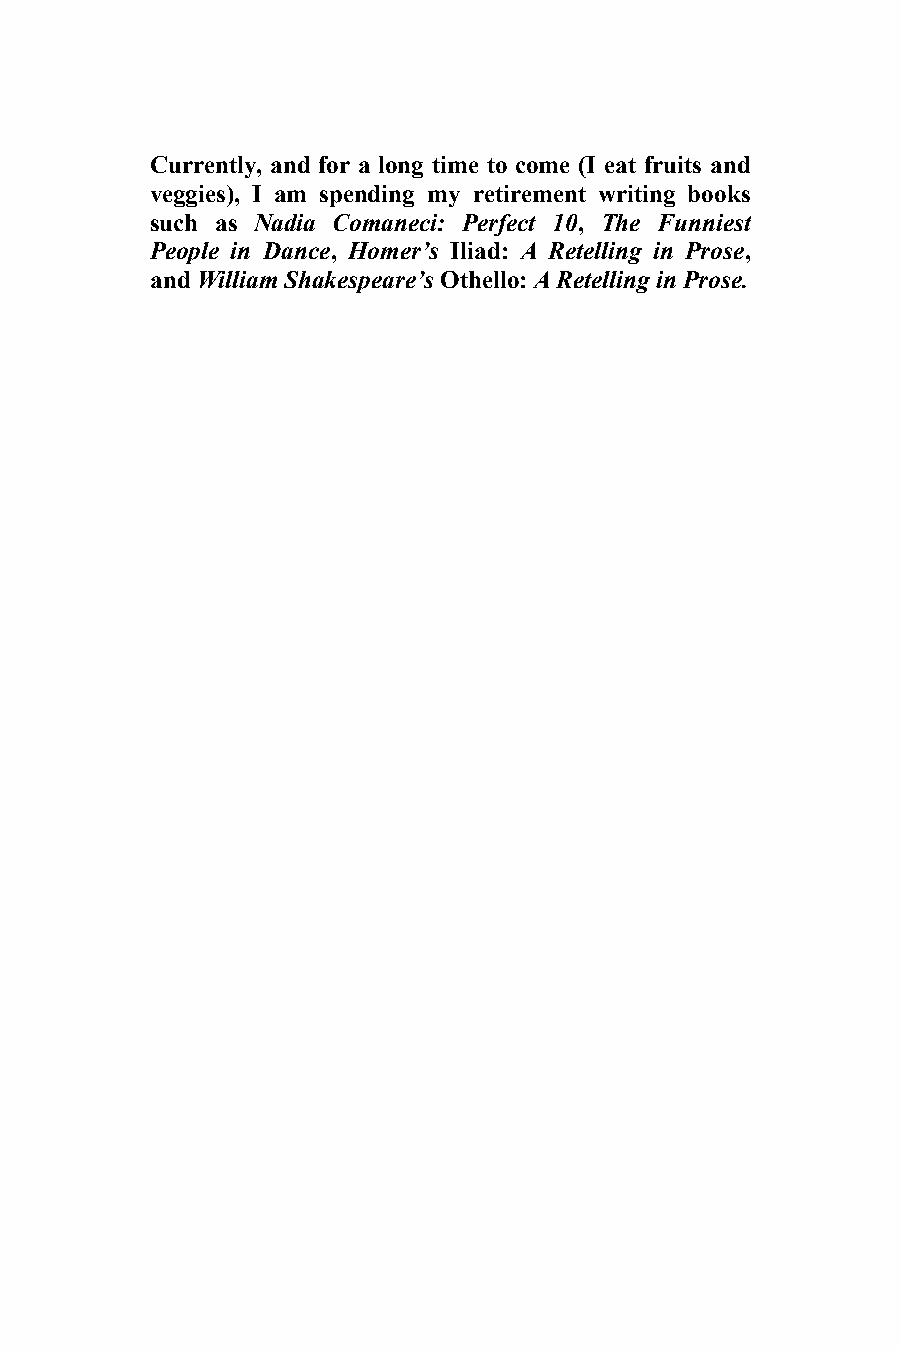
11 2
 Currently, and for a long time to come (I eat fruits and
 veggies), I am spending my retirement writing books
 such as Nadia Comaneci: Perfect 10, The Funniest
 People in Dance, Homer’s Iliad: A Retelling in Prose,
 and William Shakespeare’s Othello: A Retelling in Prose.